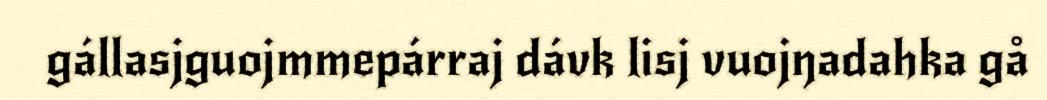
gállasjguojmmepárraj dávk lisj vuojŋadahka gå